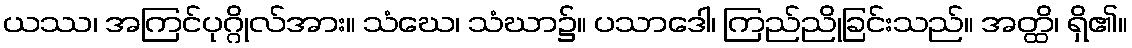
ယဿ၊ အကြင်ပုဂ္ဂိုလ်အား။ သံဃေ၊ သံဃာ၌။ ပသာဒေါ၊ ကြည်ညိုခြင်းသည်။ အတ္ထိ၊ ရှိ၏။